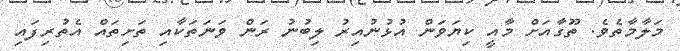
މަލާމާތެވެ. ތޫގާއަށް މާއީ ކިޔަވަން އުޅުނުއިރު ލިބުނު ރަން ވަނަތަކާއި ތަށިތައް އެތުރިފައި